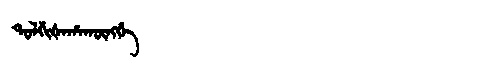
Manchu: ᡨᠣᠯᡤᡳᡧᠠᡥᠠᡴᡡᠩᡤᡝ
Romanization: TOLGIŠAHAKŪNGGE